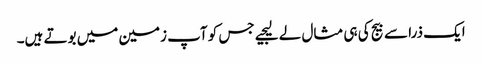
ایک ذرا سے بیج کی ہی مثال لے لیجیے جس کو آپ زمین میں بوتے ہیں۔